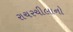
રાચરચીલાનો